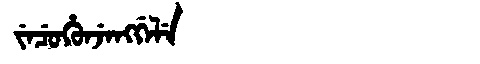
Manchu: ᠵᡝᠴᡠᡥᡠᠨᠵᡝᠩᡤᡝᠯᡝ
Romanization: JECUHUNJENGGELE